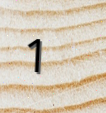
1